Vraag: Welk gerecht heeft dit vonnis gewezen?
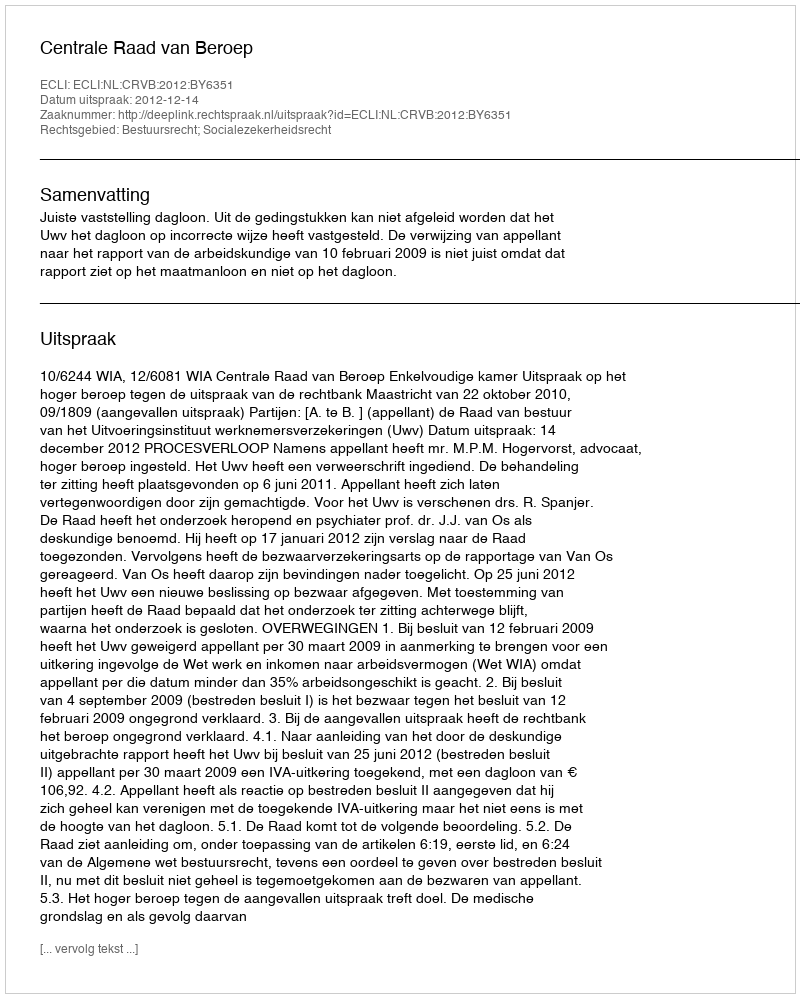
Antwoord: Centrale Raad van Beroep